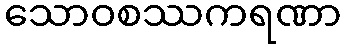
သောဝစဿကရဏာ